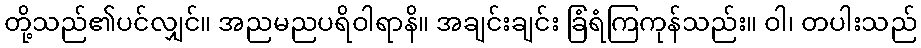
တို့သည်၏ပင်လျှင်။ အညမညပရိဝါရာနိ။ အချင်းချင်း ခြံရံကြကုန်သည်း။ ဝါ၊ တပါးသည်